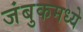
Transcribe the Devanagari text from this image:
जंबुकमध्ये